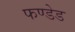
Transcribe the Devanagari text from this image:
फण्डेड